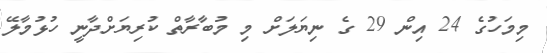
މިމަހުގެ 24 އިން 29 ގެ ނިޔަލަށް މި މުބާރާތް ކުރިޔަށްދާނީ ހުޅުމާލޭ